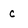
Character: c